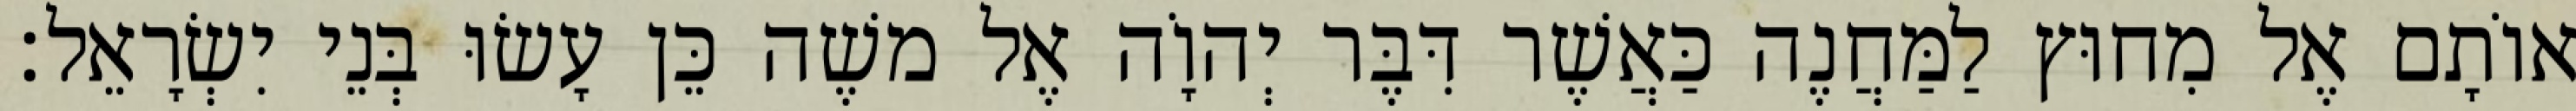
אוֹתָם אֶל מִחוּץ לַמַּחֲנֶה כַּאֲשֶׁר דִּבֶּר יְהוָֹה אֶל משֶׁה כֵּן עָשׂוּ בְּנֵי יִשְׂרָאֵל׃